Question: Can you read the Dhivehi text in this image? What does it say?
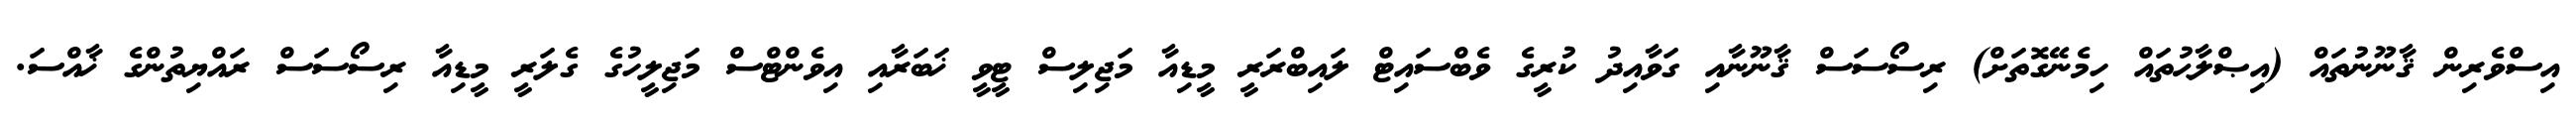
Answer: އިސްވެރިން ޤާނޫނުތައް (އިޞްލާޙުތައް ހިމެނޭގޮތަށް) ރިސޯސަސް ޤާނޫނާއި ގަވާއިދު ކުރީގެ ވެބްސައިޓް ލައިބްރަރީ މީޑިއާ މަޖިލިސް ޓީވީ ޚަބަރާއި އިވެންޓްސް މަޖިލީހުގެ ގެލަރީ މީޑިއާ ރިސޯސަސް ރައްޔިތުންގެ ޚާއްސަ.